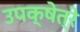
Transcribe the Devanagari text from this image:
उपक्षेत्रे